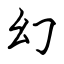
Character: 幻